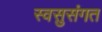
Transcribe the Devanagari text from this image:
स्वसुसंगत